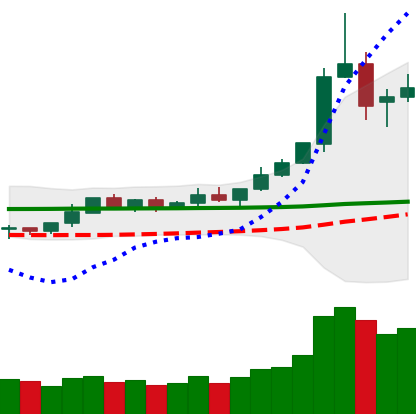
Ticker: DOGE-USD
Chart end date: 2020-02-12
Forward return: -12.318%
Label: down_7plus